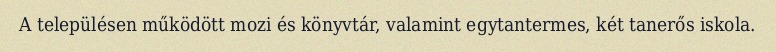
A településen működött mozi és könyvtár, valamint egytantermes, két tanerős iskola.